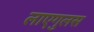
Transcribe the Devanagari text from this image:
लाएगुलस